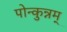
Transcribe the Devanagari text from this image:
पोन्कुन्नम्